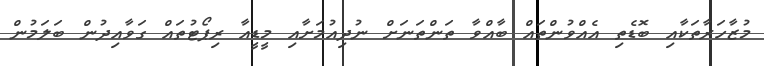
މުޒާހަރާތަކާއި ބޮޑެތި އެއްވުންތައް ބާއްވާ ތަންތަނަށް ނުދިއުމަށާއި މީޑީއާ ރިޕޯޓުތައް ގަވާއިދުން ބަލަމުން